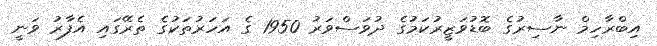
އިބްރާހިމް ނާސިރުގެ ބޮޑުވަޒީރުކަމުގެ ދުވަސްވަރު 1950 ގެ އަހަރުތަކުގެ ތެރޭގައި އެފާރު ވަނީ